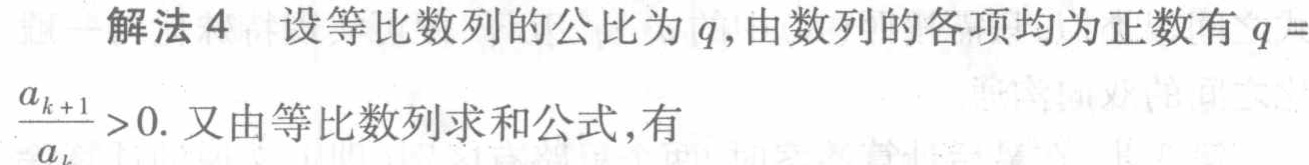
解法 4 设等比数列的公比为 \(q\), 由数列的各项均为正数有 \(q = \frac{a_{k + 1}}{a_{k}}>0\). 又由等比数列求和公式, 有